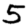
Digit: 5